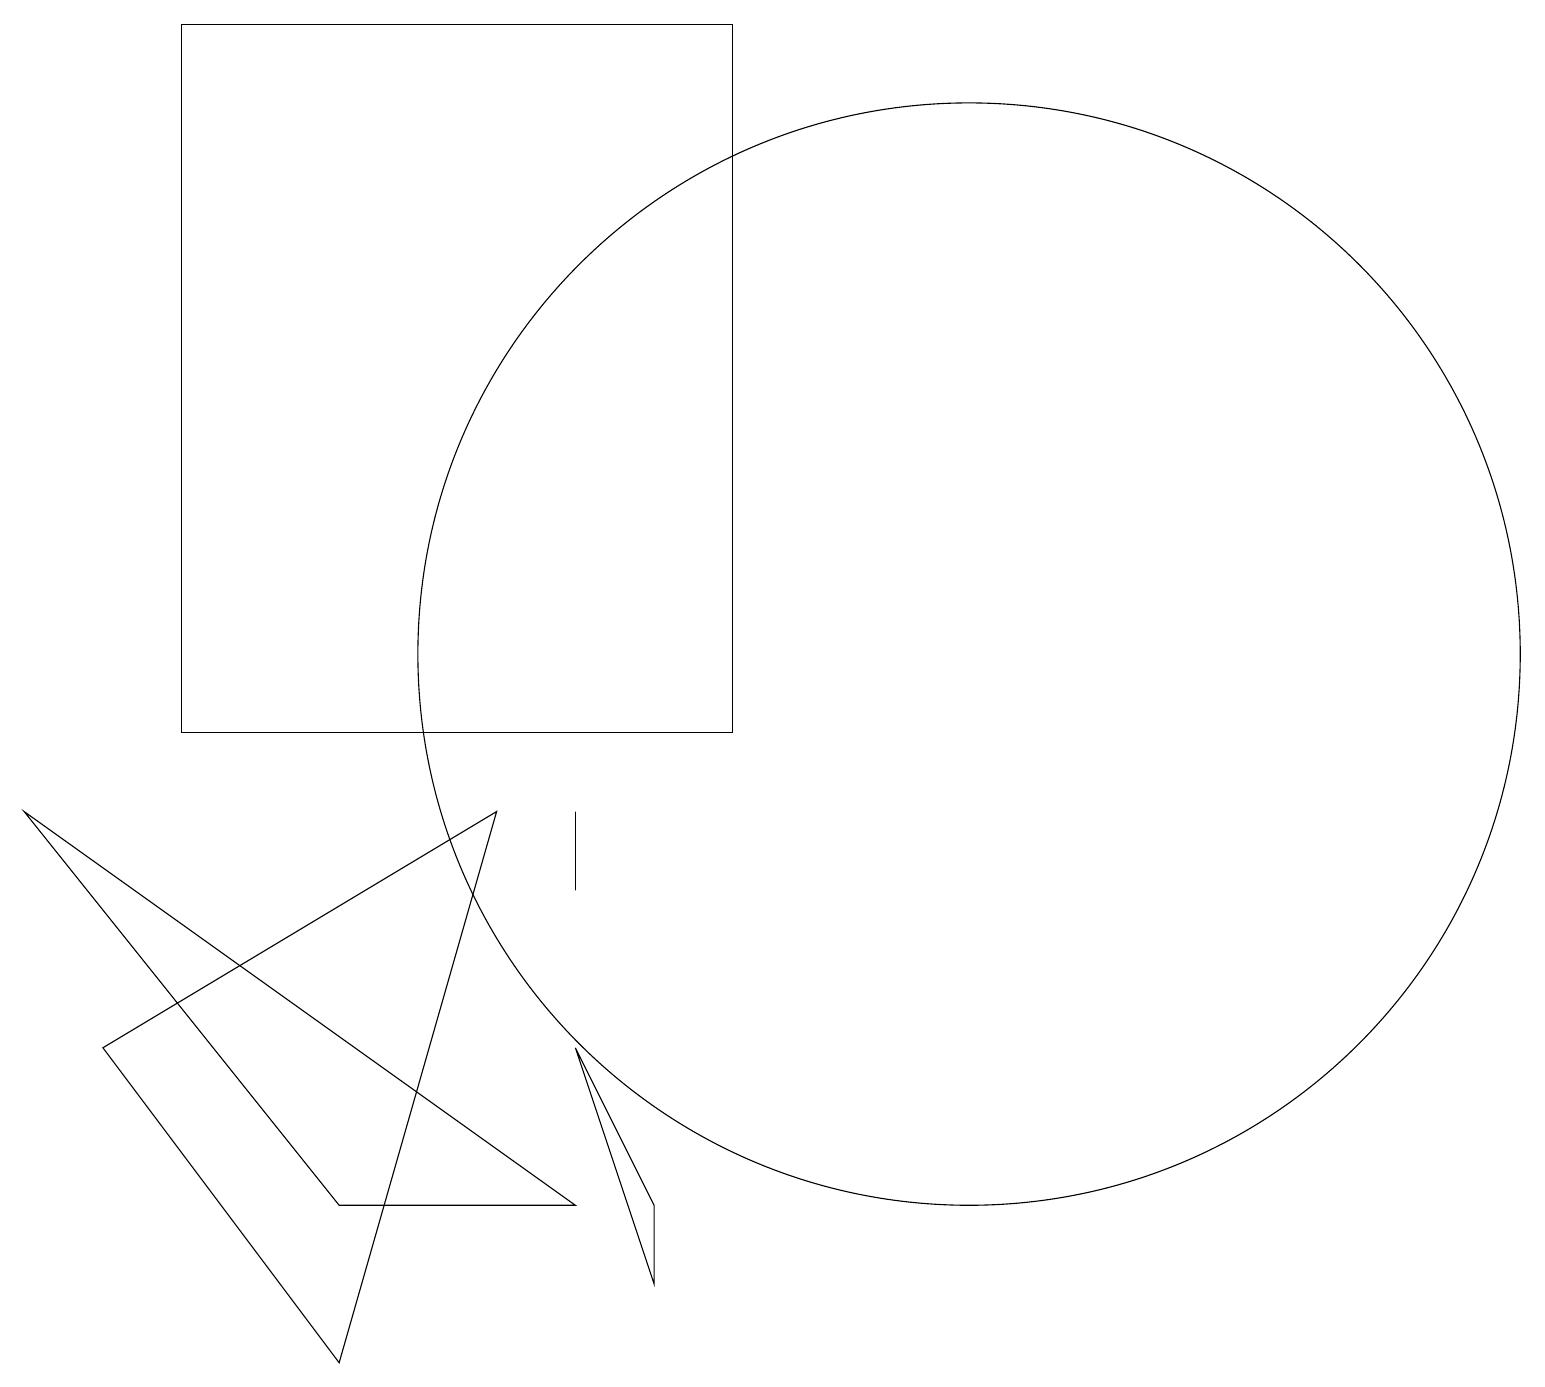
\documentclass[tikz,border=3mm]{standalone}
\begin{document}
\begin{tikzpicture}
\draw (7,6) -- (8,3) -- (8,4) -- cycle;
\draw (12,11) circle (7);
\draw (1,6) -- (4,2) -- (6,9) -- cycle;
\draw (7,8) -- (7,9) -- (7,9) -- cycle;
\draw (2,10) rectangle (9,19);
\draw (0,9) -- (4,4) -- (7,4) -- cycle;
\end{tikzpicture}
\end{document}